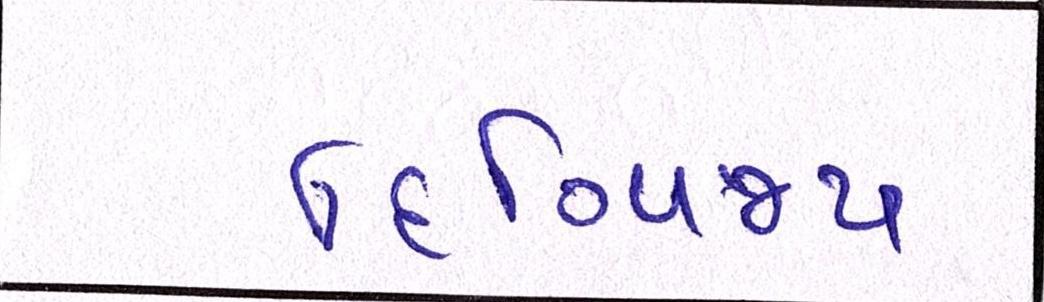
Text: દિગ્વિજય